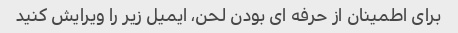
برای اطمینان از حرفه ای بودن لحن، ایمیل زیر را ویرایش کنید